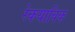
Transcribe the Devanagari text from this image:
रेकयाविक